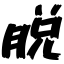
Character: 脱